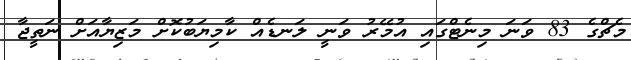
މެޗްގެ 83 ވަނަ މިނެޓްގައި އުމޭރު ވަނީ ލަނޑެއް ކާމިޔަބުކޮށް މަޒިޔާއަށް ނަތީޖާ